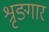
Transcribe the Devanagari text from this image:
श्रृङगार